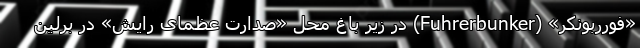
«فورربونکر» (Fuhrerbunker) در زیر باغ محل «صدارت عظمای رایش» در برلین